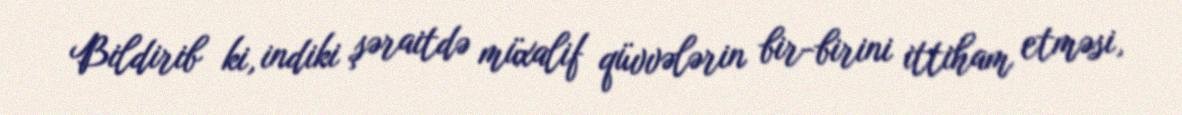
Bildirib ki, indiki şəraitdə müxalif qüvvələrin bir-birini ittiham etməsi,